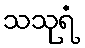
သသုရံ